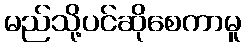
မည်သို့ပင်ဆိုစေကာမူ